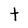
Character: t